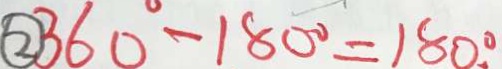
\textcircled { 2 } 3 6 0 ^ { \circ } - 1 8 0 ^ { \circ } = 1 8 0 ^ { \circ } .